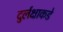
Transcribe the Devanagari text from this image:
दुर्लक्षाकडे